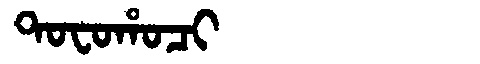
Manchu: ᡨᠣᠸᠣᡥᠣᠴᡳ
Romanization: TOFOHOCI